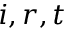
i , r , t